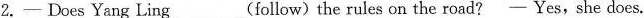
2.- Does Yang Ling__(follow)the rules on the road?- Yes, she does.